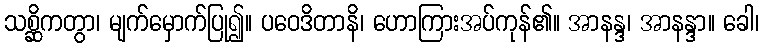
သစ္ဆိကတွာ၊ မျက်မှောက်ပြု၍။ ပဝေဒိတာနိ၊ ဟောကြားအပ်ကုန်၏။ အာနန္ဒ၊ အာနန္ဒာ။ ခေါ၊